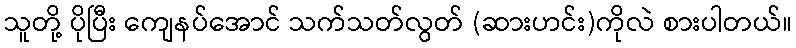
သူတို့ ပိုပြီး ကျေနပ်အောင် သက်သတ်လွတ် (ဆားဟင်း)ကိုလဲ စားပါတယ်။